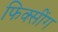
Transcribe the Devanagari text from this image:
फिक्सींग